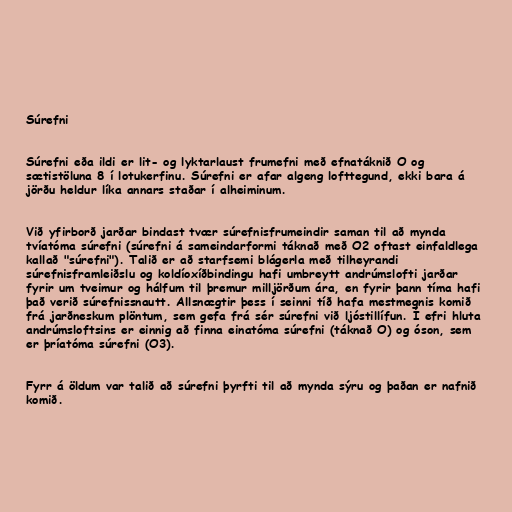
Súrefni

Súrefni eða ildi er lit- og lyktarlaust frumefni með efnatáknið O og
sætistöluna 8 í lotukerfinu. Súrefni er afar algeng lofttegund, ekki bara á
jörðu heldur líka annars staðar í alheiminum.

Við yfirborð jarðar bindast tvær súrefnisfrumeindir saman til að mynda
tvíatóma súrefni (súrefni á sameindarformi táknað með O2 oftast einfaldlega
kallað "súrefni"). Talið er að starfsemi blágerla með tilheyrandi
súrefnisframleiðslu og koldíoxíðbindingu hafi umbreytt andrúmslofti jarðar
fyrir um tveimur og hálfum til þremur milljörðum ára, en fyrir þann tíma hafi
það verið súrefnissnautt. Allsnægtir þess í seinni tíð hafa mestmegnis komið
frá jarðneskum plöntum, sem gefa frá sér súrefni við ljóstillífun. Í efri hluta
andrúmsloftsins er einnig að finna einatóma súrefni (táknað O) og óson, sem
er þríatóma súrefni (O3).

Fyrr á öldum var talið að súrefni þyrfti til að mynda sýru og þaðan er nafnið
komið.